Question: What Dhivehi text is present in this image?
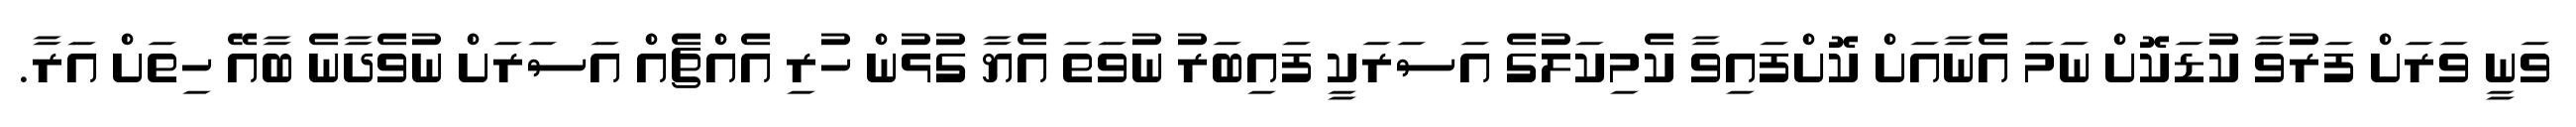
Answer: ވަނީ ވަރަށް ފަރުވާ ކުޑަކޮށް ނަމަ އެނާއަށް ކޮށްފައިވާ ކެމިކަލުގެ އަސަރަކީ ފައިބަރު ނުވަތަ އެޔާ ގުޅުން ހުރި އެއްޗެއް އަސަރަށް ނުވެދާނެ ބާއޭ ހިތަށް އަރާ.